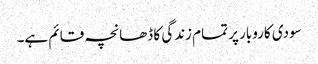
سودی کاروبار پر تمام زندگی کا ڈھانچہ قائم ہے۔